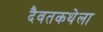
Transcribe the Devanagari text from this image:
दैवतकथेला